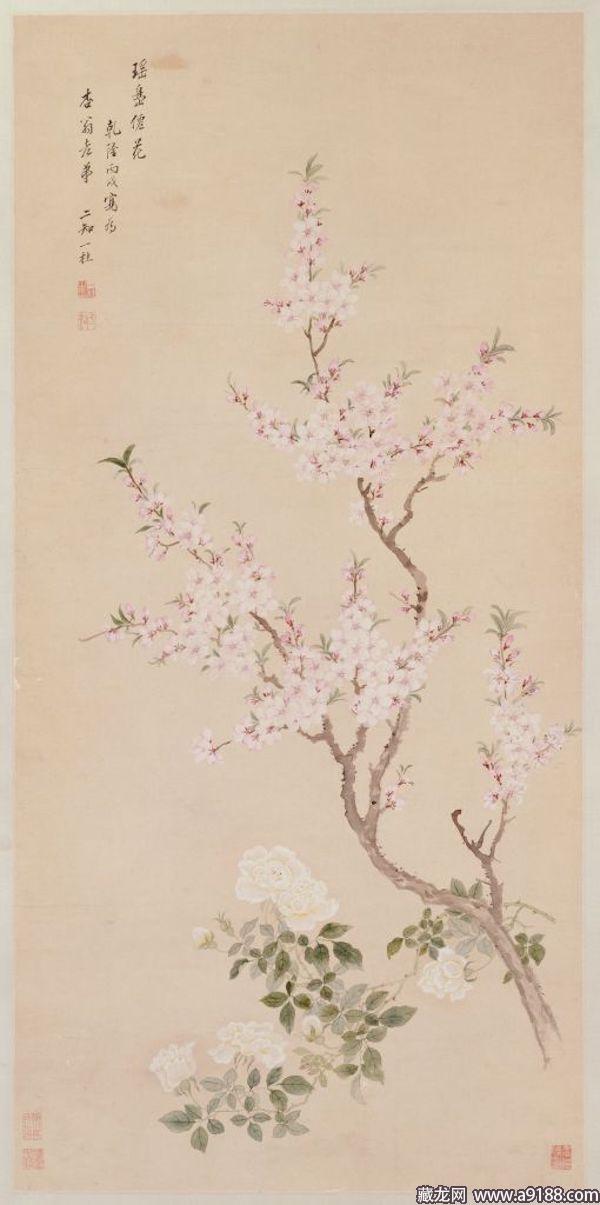
乌丝阑纸娇红篆，历历春星。